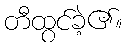
တီထွင်ခဲ့၏။